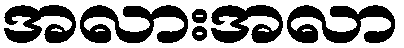
အလားအလာ